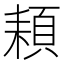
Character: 頛